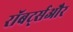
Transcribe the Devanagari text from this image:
रॉबर्ट्सऔर